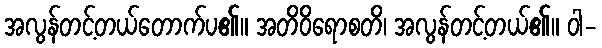
အလွန်တင့်တယ်တောက်ပ၏။ အတိဝိရောစတိ၊ အလွန်တင့်တယ်၏။ ဝါ-